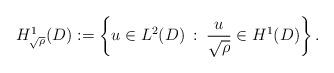
LaTeX: \begin{align*} H^1_{\sqrt{\rho}}(D) := \left\{ u \in L^2(D) \: : \: \frac{u}{\sqrt{\rho}} \in H^1(D) \right\}. \end{align*}